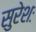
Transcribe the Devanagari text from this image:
सुरेशः